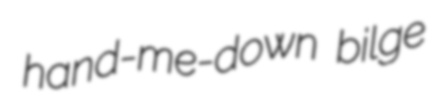
hand-me-down bilge